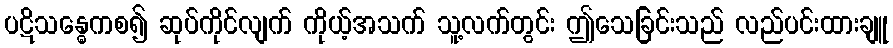
ပဋိသန္ဓေကစ၍ ဆုပ်ကိုင်လျက် ကိုယ့်အသက် သူ့လက်တွင်း ဤသေခြင်းသည် လည်ပင်းထားချူ